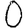
Digit: 0